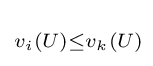
\scriptstyle v_{i}(U)\leq v_{k}(U)\!